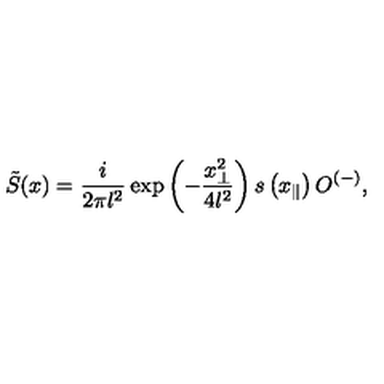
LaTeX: \tilde { S } ( x ) = \frac { i } { 2 \pi l ^ { 2 } } \exp \left( - \frac { x _ { \perp } ^ { 2 } } { 4 l ^ { 2 } } \right) s \left( x _ { \parallel } \right) O ^ { ( - ) } ,